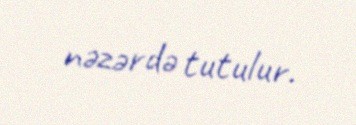
nəzərdə tutulur.